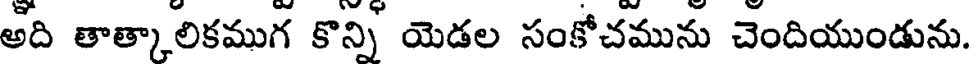
అది తాత్కాలికముగ కొన్ని యెడల సంకోచమును చెందియుండును.